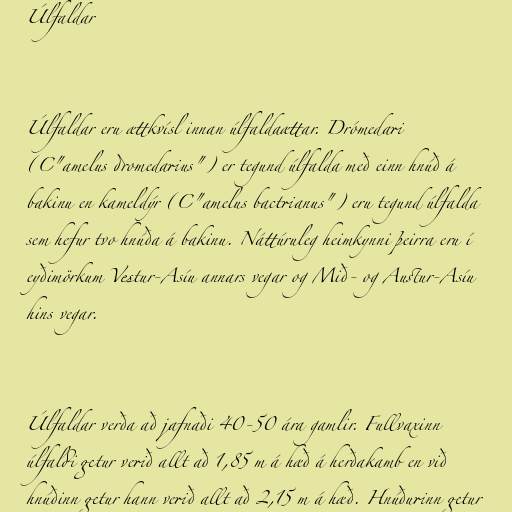
Úlfaldar

Úlfaldar eru ættkvísl innan úlfaldaættar. Drómedari
(C"amelus dromedarius") er tegund úlfalda með einn hnúð á
bakinu en kameldýr (C"amelus bactrianus") eru tegund úlfalda
sem hefur tvo hnúða á bakinu. Náttúruleg heimkynni þeirra eru í
eyðimörkum Vestur-Asíu annars vegar og Mið- og Austur-Asíu
hins vegar.

Úlfaldar verða að jafnaði 40-50 ára gamlir. Fullvaxinn
úlfaldi getur verið allt að 1,85 m á hæð á herðakamb en við
hnúðinn getur hann verið allt að 2,15 m á hæð. Hnúðurinn getur